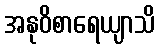
အနုဝိစာရေယျာသိ